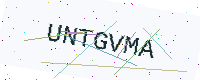
Text: UNTGVMA